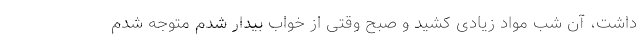
داشت، آن شب مواد زیادی کشید و صبح وقتی از خواب بیدار شدم متوجه شدم